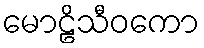
မောဠိသီဝကော